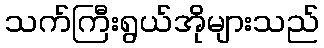
သက်ကြီးရွယ်အိုများသည်